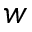
w